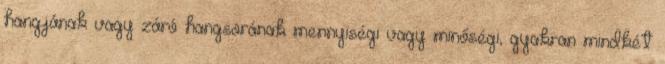
hangjának vagy záró hangsorának mennyiségi vagy minőségi, gyakran mindkét